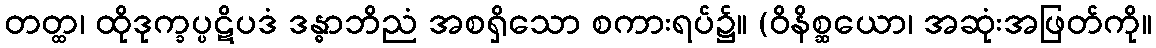
တတ္ထ၊ ထိုဒုက္ခပ္ပဋိပဒံ ဒန္ဓာဘိညံ အစရှိသော စကားရပ်၌။ (ဝိနိစ္ဆယော၊ အဆုံးအဖြတ်ကို။